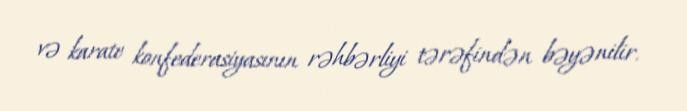
və karate konfederasiyasının rəhbərliyi tərəfindən bəyənilir.